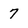
Character: 7